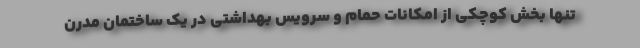
تنها بخش کوچکی از امکانات حمام و سرویس بهداشتی در یک ساختمان مدرن